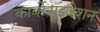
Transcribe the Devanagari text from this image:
कार्बोनाइजेशन